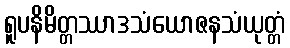
ရူပနိမိတ္တဿာဒသံယောဇနသံယုတ္တံ